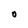
Character: 0